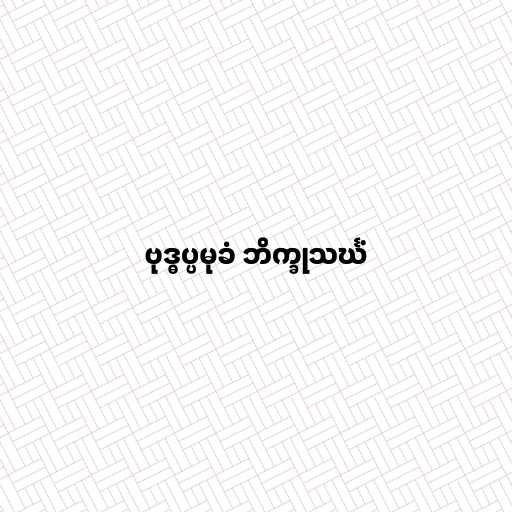
ဗုဒ္ဓပ္ပမုခံ ဘိက္ခုသင်္ဃံ